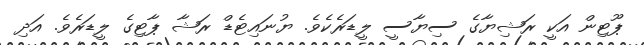
ޕޫޓިން އަކީ ރަޝިޔާގެ ސިޔާސީ ލީޑަރެކެވެ. ޔުނައިޓެޑް ރަޝާ ޕާޓިގެ ލީޑަރެވެ. އަދި